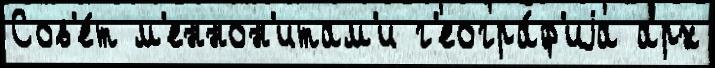
Сов'е́т м'еннон'итам'и г'еогра́ф'иjа арх